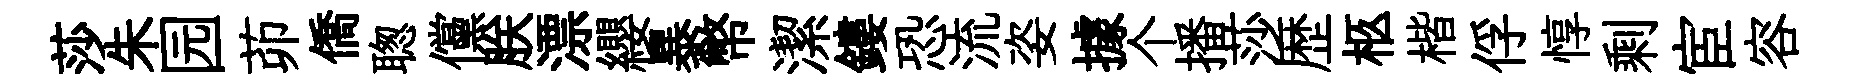
莎朱园茆僑聦儻朕漂纓暴幣潔鏤恐流姿據个播莎歴柩楷俘惇剩宦容